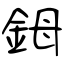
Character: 鉧